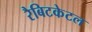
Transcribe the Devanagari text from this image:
रैबिटकेटल